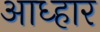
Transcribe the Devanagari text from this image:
आध्हार